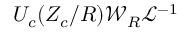
{ U _ { c } ( Z _ { c } / R ) { \mathcal { W } } _ { R } } { { \mathscr { L } } } ^ { - 1 }